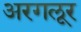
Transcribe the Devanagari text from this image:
अरगलूर